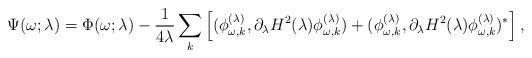
LaTeX: \begin{align*}\Psi(\omega;\lambda)= \Phi(\omega;\lambda) -{1 \over4\lambda}\sum_k \left[(\phi^{(\lambda)}_{\omega,k},\partial_\lambda H^2(\lambda)\phi_{\omega,k}^{(\lambda)}) +(\phi^{(\lambda)}_{\omega,k},\partial_\lambda H^2(\lambda)\phi_{\omega,k}^{(\lambda)})^{*}\right],\end{align*}